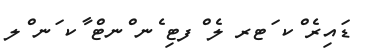
ޑައިރެ ްކ ަޓރ ލެ ްފޓި ެނ ްނޓް ާކ ަނ ްލ